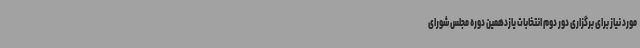
مورد نیاز برای برگزاری دور دوم انتخابات یازدهمین دوره مجلس شورای